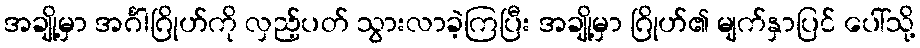
အချို့မှာ အင်္ဂါဂြိုဟ်ကို လှည့်ပတ် သွားလာခဲ့ကြပြီး အချို့မှာ ဂြိုဟ်၏ မျက်နှာပြင် ပေါ်သို့